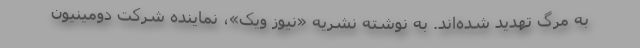
به مرگ تهدید شده‌اند. به نوشته نشریه «نیوز ویک»، نماینده شرکت دومینیون